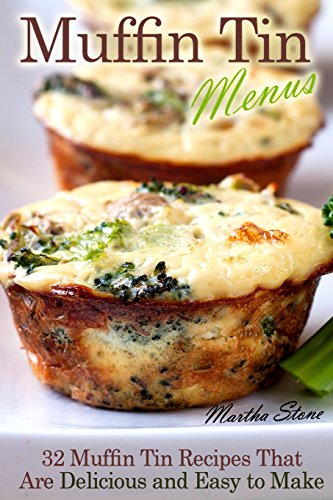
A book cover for Muffin Tin Menus: 32 Recipes That Are Delicious and Easy to Make; Martha Stone; Cookbooks, Food & Wine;